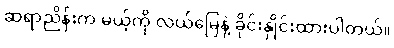
ဆရာညိန်းက မယ့်ကို လယ်မြေနဲ့ ခိုင်းနှိုင်းထားပါတယ်။